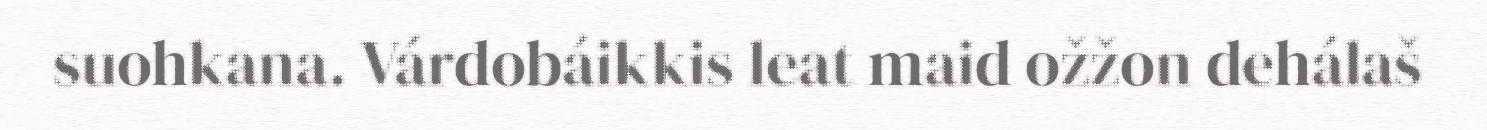
suohkana. Várdobáikkis leat maid ožžon dehálaš